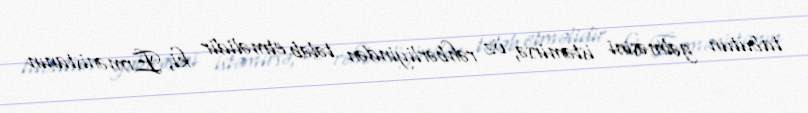
tabutun gəlməsini istəmirsə, öz rəhbərliyindən tələb etməlidir ki, Ermənistanın